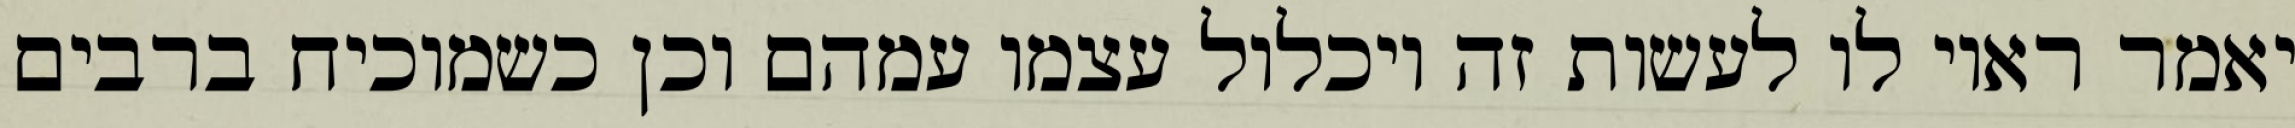
יאמר ראוי לו לעשות זה ויכלול עצמו עמהם וכן כשמוכיח ברבים